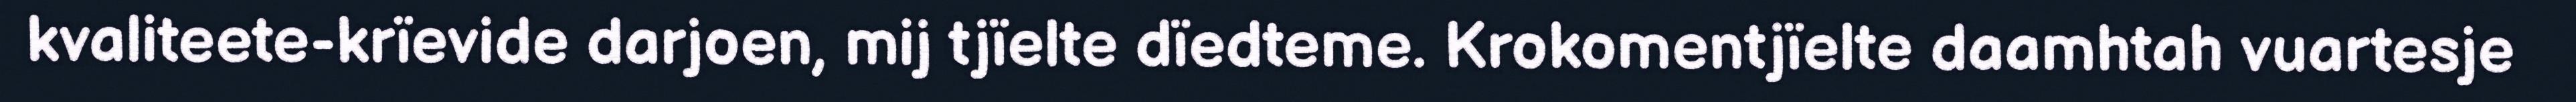
kvaliteete-krïevide darjoen, mij tjïelte dïedteme. Krokomentjïelte daamhtah vuartesje